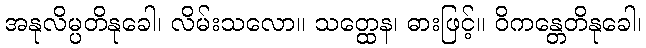
အနုလိမ္ပတိနုခေါ၊ လိမ်းသလော။ သတ္ထေန၊ ဓားဖြင့်။ ဝိကန္တေတိနုခေါ၊